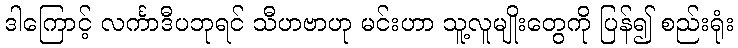
ဒါကြောင့် လင်္ကာဒီပဘုရင် သီဟဗာဟု မင်းဟာ သူ့လူမျိုးတွေကို ပြန်၍ စည်းရုံး